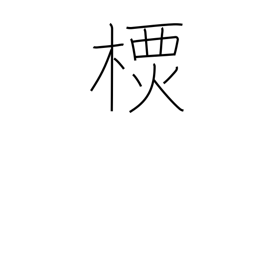
Meaning: a type of tree